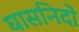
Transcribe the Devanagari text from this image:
घासनिदों